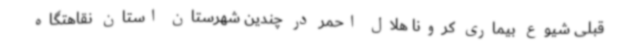
قبلی شیوع بیماری کرونا هلال احمر در چندین شهرستان استان نقاهتگاه‌